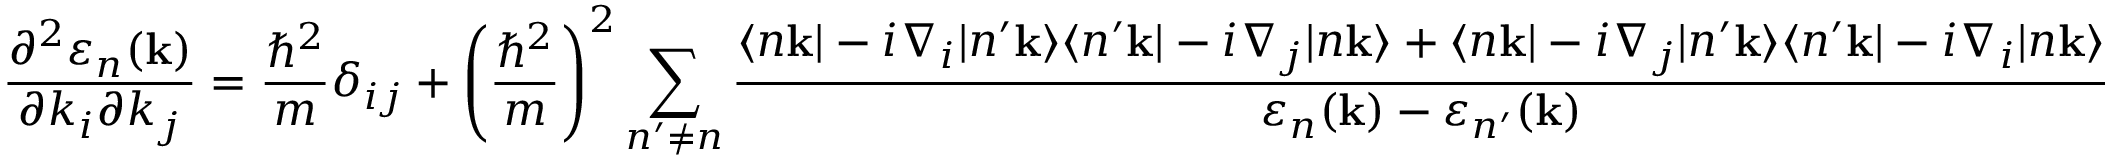
{ \frac { \partial ^ { 2 } \varepsilon _ { n } ( \mathbf { k } ) } { \partial k _ { i } \partial k _ { j } } } = { \frac { \hbar ^ { 2 } } { m } } \delta _ { i j } + \left( { \frac { \hbar ^ { 2 } } { m } } \right) ^ { 2 } \sum _ { n ^ { \prime } \neq n } { \frac { \langle n \mathbf { k } | - i \nabla _ { i } | n ^ { \prime } \mathbf { k } \rangle \langle n ^ { \prime } \mathbf { k } | - i \nabla _ { j } | n \mathbf { k } \rangle + \langle n \mathbf { k } | - i \nabla _ { j } | n ^ { \prime } \mathbf { k } \rangle \langle n ^ { \prime } \mathbf { k } | - i \nabla _ { i } | n \mathbf { k } \rangle } { \varepsilon _ { n } ( \mathbf { k } ) - \varepsilon _ { n ^ { \prime } } ( \mathbf { k } ) } }